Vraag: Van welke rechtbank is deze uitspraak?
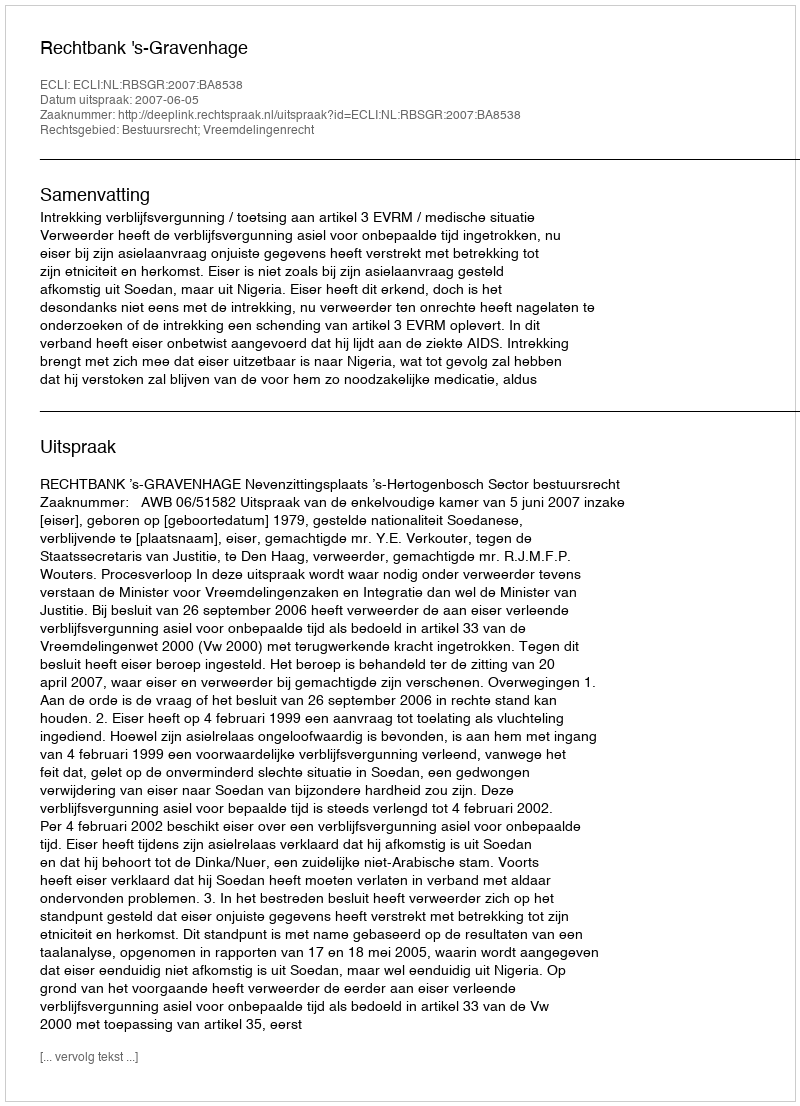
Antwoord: Rechtbank 's-Gravenhage